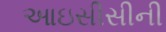
આઇસીસીની